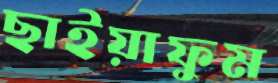
ছাইয়াফুম